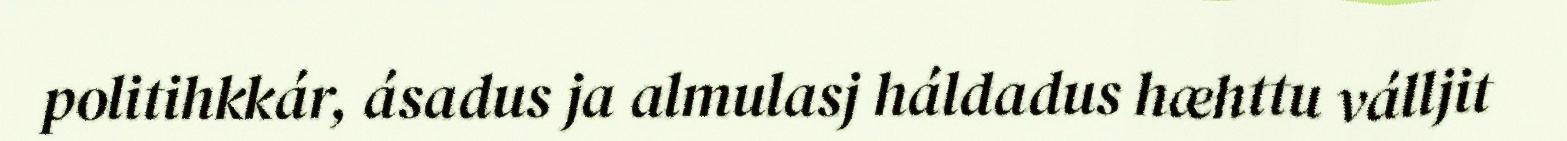
politihkkár, ásadus ja almulasj háldadus hæhttu válljit